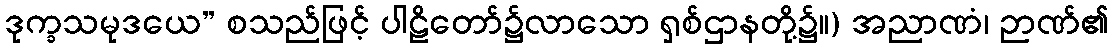
ဒုက္ခသမုဒယေ” စသည်ဖြင့် ပါဠိတော်၌လာသော ရှစ်ဌာနတို့၌။) အညာဏံ၊ ဉာဏ်၏